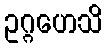
ဥဂ္ဂဟေသိ